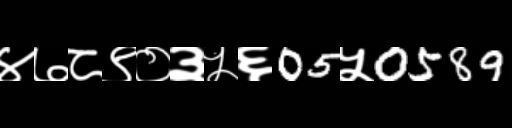
Text: ४७८९०३५६05५0589